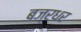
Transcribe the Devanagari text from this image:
बज्रधर